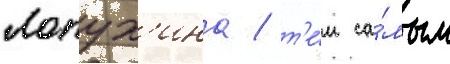
Лопух'ина / т'е́м са́мым